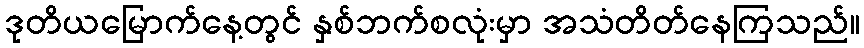
ဒုတိယမြောက်နေ့တွင် နှစ်ဘက်စလုံးမှာ အသံတိတ်နေကြသည်။